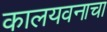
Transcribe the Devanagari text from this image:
कालयवनाचा